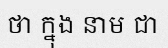
ថា ក្នុង នាម ជា